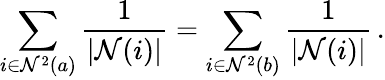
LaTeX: \sum_{i\in\mathcal{N}^{2}(a)}\frac{1}{|\mathcal{N}(i)|}=\sum_{i\in\mathcal{N}^{2}(b)}\frac{1}{|\mathcal{N}(i)|}\, .